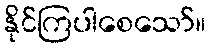
နိုင်ကြပါစေသော်။